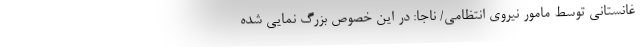
غانستانی توسط مامور نیروی انتظامی/ ناجا: در این خصوص بزرگ نمایی شده